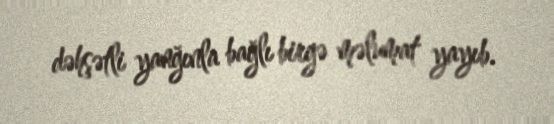
dəhşətli yanğınla bağlı birgə məlumat yayıb.